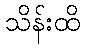
သိန်းထိ